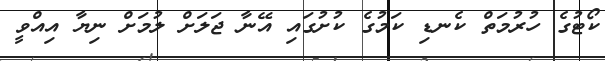
ކޯޓުގެ ހުރުމަތް ކެނޑި ކަމުގެ ކުށުގައި އޭނާ ޖަލަށް ލުމަށް ނިޔާ އިއްވީ